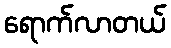
ရောက်လာတယ်